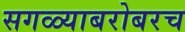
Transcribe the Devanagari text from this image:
सगळ्याबरोबरच